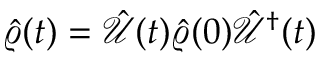
\hat { \varrho } ( t ) = \hat { \mathcal { U } } ( t ) \hat { \varrho } ( 0 ) \hat { \mathcal { U } } ^ { \dagger } ( t )